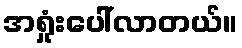
အရှုံးပေါ်လာတယ်။